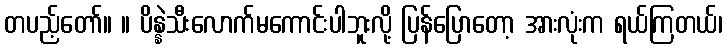
တပည့်တော်။ ။ ပိန္နဲသီးလောက်မကောင်းပါဘူးလို့ ပြန်ပြောတော့ အားလုံးက ရယ်ကြတယ်၊